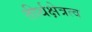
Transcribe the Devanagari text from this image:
तीर्थक्षेत्रत्व